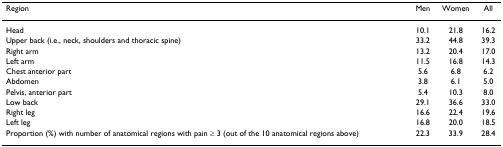
<table><thead><tr><td><b>Region</b></td><td><b>Men</b></td><td><b>Women</b></td><td><b>All</b></td></tr></thead><tbody><tr><td>Head</td><td>10.1</td><td>21.8</td><td>16.2</td></tr><tr><td>Upper back (i.e., neck, shoulders and thoracic spine)</td><td>33.2</td><td>44.8</td><td>39.3</td></tr><tr><td>Right arm</td><td>13.2</td><td>20.4</td><td>17.0</td></tr><tr><td>Left arm</td><td>11.5</td><td>16.8</td><td>14.3</td></tr><tr><td>Chest anterior part</td><td>5.6</td><td>6.8</td><td>6.2</td></tr><tr><td>Abdomen</td><td>3.8</td><td>6.1</td><td>5.0</td></tr><tr><td>Pelvis, anterior part</td><td>5.4</td><td>10.3</td><td>8.0</td></tr><tr><td>Low back</td><td>29.1</td><td>36.6</td><td>33.0</td></tr><tr><td>Right leg</td><td>16.6</td><td>22.4</td><td>19.6</td></tr><tr><td>Left leg</td><td>16.8</td><td>20.0</td><td>18.5</td></tr><tr><td>Proportion (%) with number of anatomical regions with pain ≥ 3 (out of the 10 anatomical regions above)</td><td>22.3</td><td>33.9</td><td>28.4</td></tr></tbody></table>